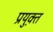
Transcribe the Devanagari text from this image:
प्रयुक्त़